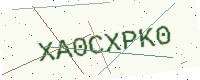
Text: XA0CXPK0